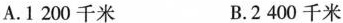
A.1200千米 B.2400千米